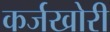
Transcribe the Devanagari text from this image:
कर्जखोरी